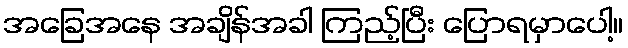
အခြေအနေ အချိန်အခါ ကြည့်ပြီး ပြောရမှာပေါ့။